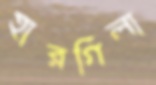
হারগিলা